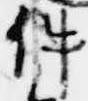
件